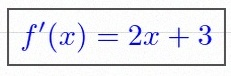
f'(x)=2x+3